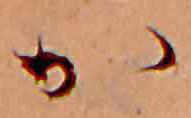
か